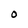
Character: 0